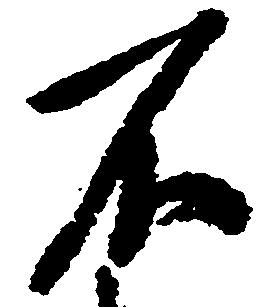
不